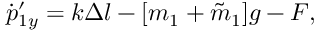
\dot { p } _ { 1 y } ^ { \prime } = k \Delta l - [ m _ { 1 } + \tilde { m } _ { 1 } ] g - F ,